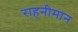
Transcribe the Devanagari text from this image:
राहनीमान